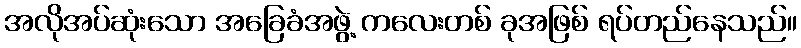
အလိုအပ်ဆုံးသော အခြေခံအဖွဲ့ ကလေးတစ် ခုအဖြစ် ရပ်တည်နေသည်။